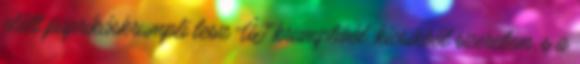
előtt paprikáskrumpli lesz ÚJ krumpliból, kicsikből szeretem, s a